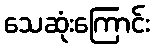
သေဆုံးကြောင်း